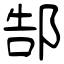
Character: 郜